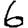
Digit: 6